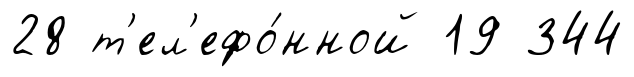
28 т'ел'ефо́нной 19 344